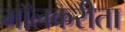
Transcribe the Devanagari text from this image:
मॉलकरीता